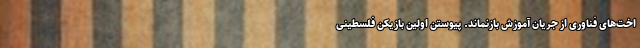
اخت‌های فناوری از جریان آموزش بازنماند. پیوستن اولین بازیکن فلسطینی